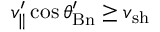
v _ { \parallel } ^ { \prime } \cos \theta _ { \mathrm { B n } } ^ { \prime } \geq v _ { \mathrm { { s h } } }